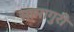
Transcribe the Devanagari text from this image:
सामागुरी